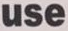
use